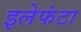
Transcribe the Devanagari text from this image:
इलेफंटा